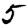
Digit: 5